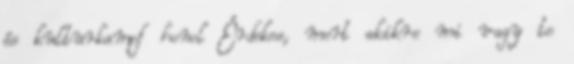
és kulturkampf honol Érdekes, mert akikre mi vagy te